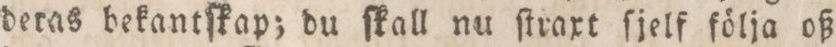
deras bekantſkap; du ſkall nu ſtraxt ſjelf följa oß